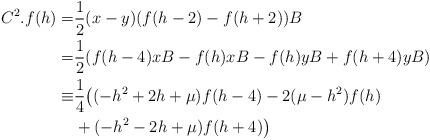
LaTeX: \begin{align*} C^{2}.f({h})=&\frac{1}{2}(x-y) (f({h}-2)-f({h}+2)){B}\\=&\frac{1}{2}(f(h-4)xB-f(h)xB-f(h)yB+f(h+4)yB)\\\equiv& \frac{1}{4}\big((-{h}^{2}+2{h}+\mu)f({h}-4)-2(\mu-{h}^{2})f({h})\\ &+(-{h}^{2}-2{h}+\mu)f({h}+4)\big)\end{align*}